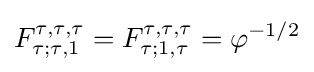
F_{\tau ;\tau ,1}^{\tau ,\tau ,\tau }=F_{\tau ;1,\tau }^{\tau ,\tau ,\tau }=\varphi ^{-1/2}